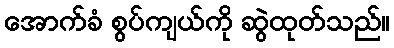
အောက်ခံ စွပ်ကျယ်ကို ဆွဲထုတ်သည်။